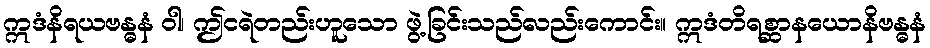
ဣဒံနိရယဗန္ဓနံ ဝါ၊ ဤငရဲတည်းဟူသော ဖွဲ့ခြင်းသည်လည်းကောင်း။ ဣဒံတိရစ္ဆာနယောနိဗန္ဓနံ